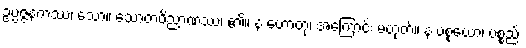
ဥပ္ပဇ္ဇနကဿ၊ သော။ သောတဝိညာဏဿ၊ ၏။ န ဟောတု၊ အကြောင်း မဟုတ်။ န ပစ္စယော၊ ပစ္စည်း